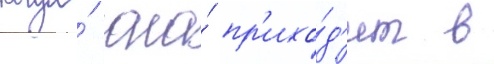
Когда́ она́ пр'ихо́д'ит в